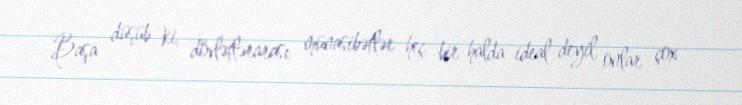
Başa düşüb ki, dövlətlərarası münasibətlər heç bir halda ideal deyil, onlar çox